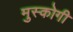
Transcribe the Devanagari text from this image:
मुस्कोगी